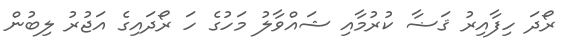
ރޯދަ ހިފާއިރު ޤަޟާ ކުރުމާއި ޝައްވާލު މަހުގެ ހަ ރޯދައިގެ އަޖުރު ލިބުން